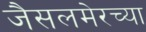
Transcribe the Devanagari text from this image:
जैसलमेरच्या